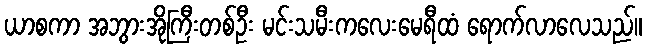
ယာစကာ အဘွားအိုကြီးတစ်ဦး မင်းသမီးကလေးမေရီထံ ရောက်လာလေသည်။